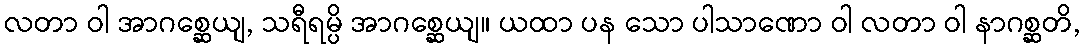
လတာ ဝါ အာဂစ္ဆေယျ, သရီရမ္ပိ အာဂစ္ဆေယျ။ ယထာ ပန သော ပါသာဏော ဝါ လတာ ဝါ နာဂစ္ဆတိ,